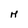
Character: H